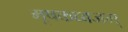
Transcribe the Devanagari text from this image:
मूषकध्वजम्